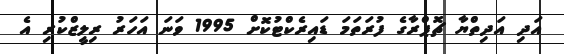
އަދި އަދިތްޔާ ޗޮޕްރާގެ ފުރަތަމަ ޑައިރެކްޓުކޮށް 1995 ވަނަ އަހަރު ރިލީޒްކުރި އެ